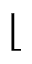
\lfloor